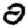
Digit: 0